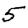
Digit: 5